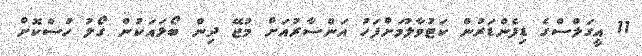
11 އީގަލްސްގެ ޑިފެންޑަރުން ކަޓުވާލުމަށްފަހު އަންސާރުއަށް މުޖޭ ދިން ބޯޅައަކުން ގޯލު ހުސްކޮށް